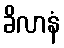
ခိလာနံ